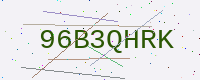
Text: 96B3QHRK